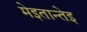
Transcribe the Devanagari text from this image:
मेइतान्तेइ